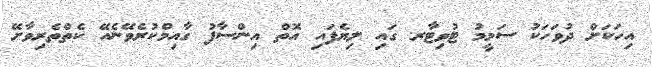
އިހަކަށް ދުވަހަކު ސަމީމު ޓުވިޓާރ ގައި ލިޔެފައި އޮތް އިންސާފު ގާއިމްކުރެވޭނެއޭ ކެތްތެރިވާށޭ